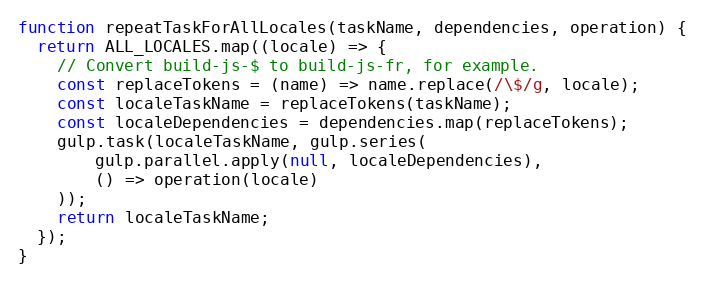
Language: JavaScript
function repeatTaskForAllLocales(taskName, dependencies, operation) {
  return ALL_LOCALES.map((locale) => {
    // Convert build-js-$ to build-js-fr, for example.
    const replaceTokens = (name) => name.replace(/\$/g, locale);
    const localeTaskName = replaceTokens(taskName);
    const localeDependencies = dependencies.map(replaceTokens);
    gulp.task(localeTaskName, gulp.series(
        gulp.parallel.apply(null, localeDependencies),
        () => operation(locale)
    ));
    return localeTaskName;
  });
}